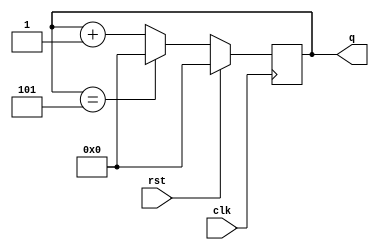
`timescale 1ns / 1ps

module mod_6_counter #(parameter N=6)(q,clk,rst);
output reg [N-1:0]q;
input clk;
input rst;

always @(posedge clk)
begin
if(rst)
q<=0;
else
q<=(q==N-1)?0:q+1;
end
endmodule